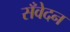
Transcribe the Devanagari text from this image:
सँवेदन